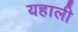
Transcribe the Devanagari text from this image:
यहाली